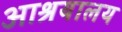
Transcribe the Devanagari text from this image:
आश्रयालय